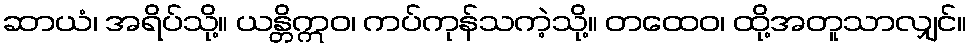
ဆာယံ၊ အရိပ်သို့။ ယန္တိဣဝ၊ ကပ်ကုန်သကဲ့သို့။ တထေဝ၊ ထို့အတူသာလျှင်။